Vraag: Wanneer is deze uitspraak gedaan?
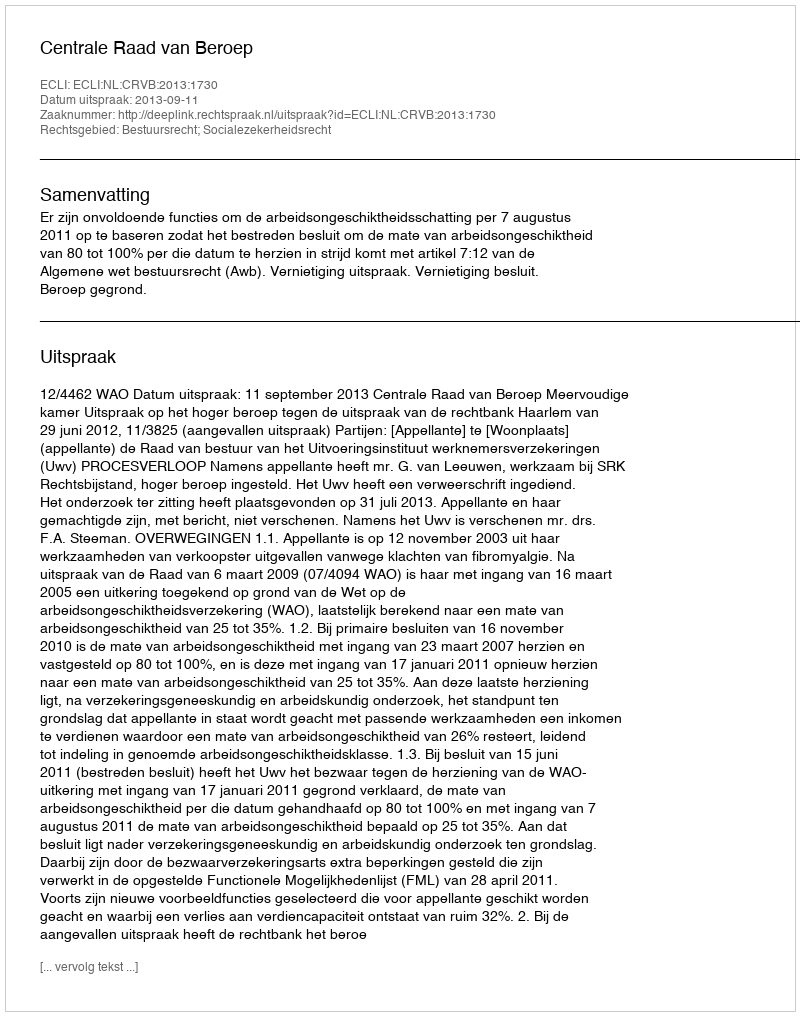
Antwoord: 2013-09-11